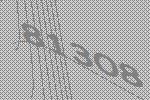
81308